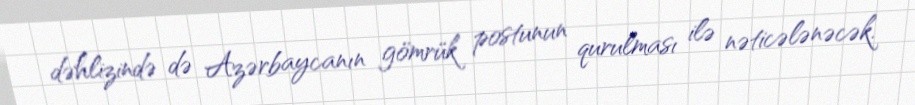
dəhlizində də Azərbaycanın gömrük postunun qurulması ilə nəticələnəcək.